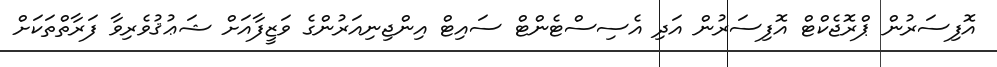
އޮފިސަރުން ޕްރޮޖެކްޓް އޮފިސަރުން އަދި އެސިސްޓެންޓް ސައިޓް އިންޖިނިއަރުންގެ ވަޒީފާއަށް ޝަޢުޤުވެރިވާ ފަރާތްތަކަށް